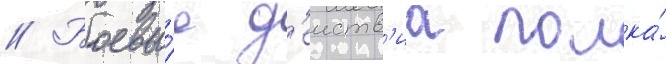
// Боевы́е д'еиств'иа полка́